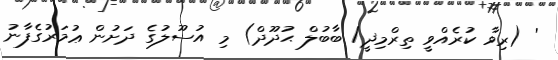
' (ރިވާ ކުރެއްވީ ތިރްމިޛީ/ ބާބުލް ޙުދޫދް) މި އުސޫލުގެ ދަށުން ޢުމަރުގެފާނު